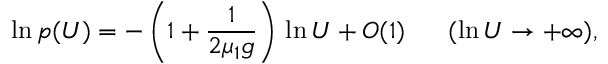
\ln p ( U ) = - \left( 1 + \frac { 1 } { 2 \mu _ { 1 } g } \right) \, \ln U + O ( 1 ) \ \ \ \ \ ( \ln U \to + \infty ) ,